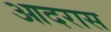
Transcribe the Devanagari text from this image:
आदरास